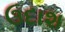
ઉદાશ